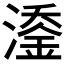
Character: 𬈹